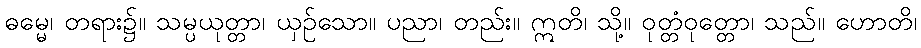
ဓမ္မေ၊ တရား၌။ သမ္ပယုတ္တာ၊ ယှဉ်သော။ ပညာ၊ တည်း။ ဣတိ၊ သို့။ ဝုတ္တံဝုတ္တော၊ သည်။ ဟောတိ၊